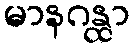
မာနဂန္ထာ